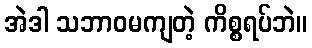
အဲဒါ သဘာဝမကျတဲ့ ကိစ္စရပ်ဘဲ။